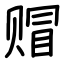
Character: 赗